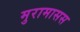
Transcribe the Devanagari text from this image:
मुरामासस